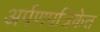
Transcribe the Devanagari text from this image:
अर्पणपत्रिकेत